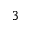
3